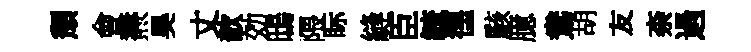
頽會燾昊丈歆効鴟隈眎縫臣毓徨駭臆鴦胡友柰過